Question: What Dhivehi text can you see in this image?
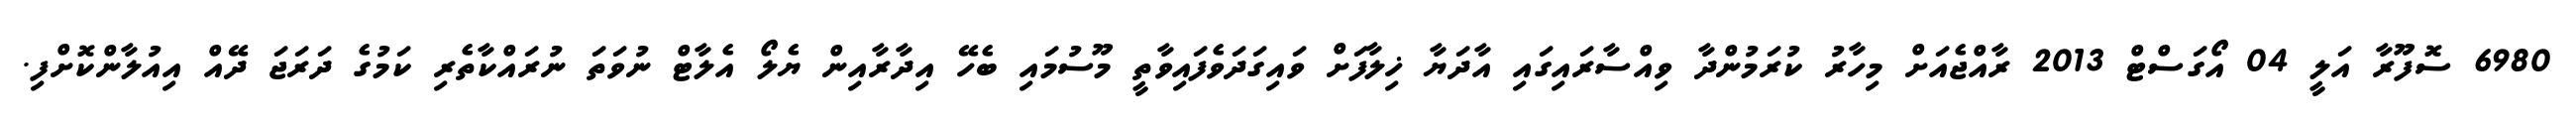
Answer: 6980 ސޮފޫރާ އަލީ 04 އޯގަސްޓް 2013 ރާއްޖެއަށް މިހާރު ކުރަމުންދާ ވިއްސާރައިގައި އާދަޔާ ޚިލާފަށް ވައިގަދަވެފައިވާތީ މޫސުމައި ބެހޭ އިދާރާއިން ޔެލޯ އެލާޓް ނުވަތަ ނުރައްކާތެރި ކަމުގެ ދަރަޖަ ދޭއް އިއުލާންކޮށްފި.